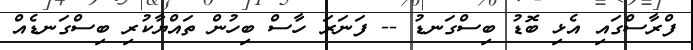
ފްރާސްގައި އެޅި ބޮޑު ބިސްގަނޑު -- ފަނަރަ ހާސް ބިހުން ތައްޔާކުރި ބިސްގަނޑެއް